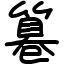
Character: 篹